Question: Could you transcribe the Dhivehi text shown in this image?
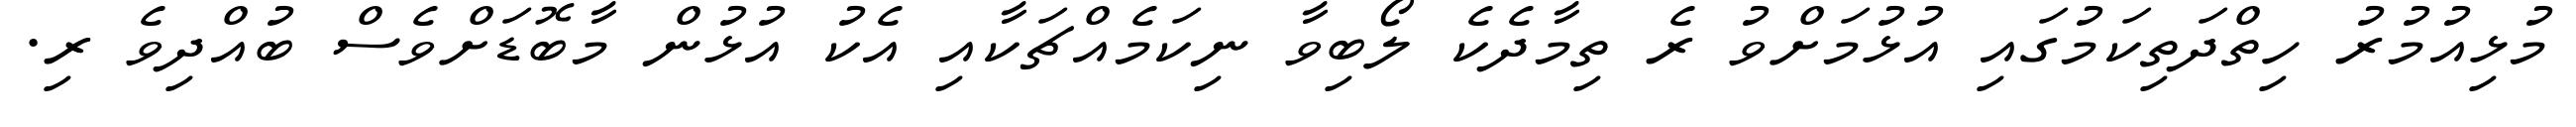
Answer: މުޅިއުމުރު ހިތްދަތިކަމުގައި އުޅުމަށްވު ރެ ތިމާދެކެ ލޯބިވާ ނިކަމެއްޗަކާއި އެކު އުޅުން މާބޮޑަށްވެސް ބުއްދިވެ ރި.